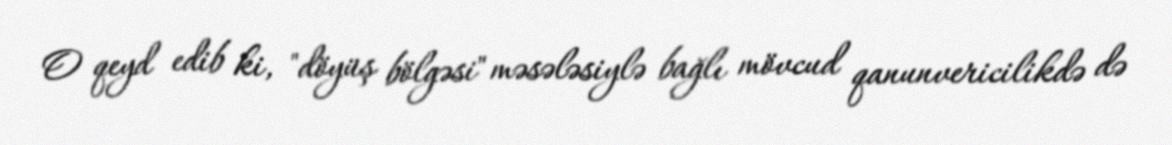
O qeyd edib ki, "döyüş bölgəsi" məsələsiylə bağlı mövcud qanunvericilikdə də